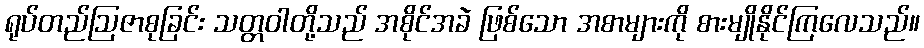
ရုပ်တည်ဩဇာစုခြင်း သတ္တဝါတို့သည် အစိုင်အခဲ ဖြစ်သော အစာများကို စားမျိုနိုင်ကြလေသည်။